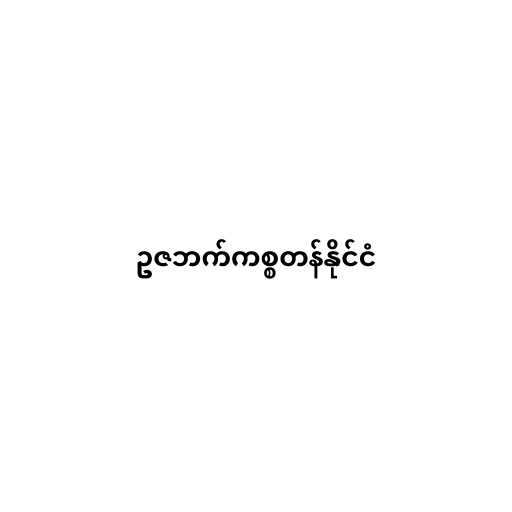
ဥဇဘက်ကစ္စတန်နိုင်ငံ